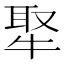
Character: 𤚉